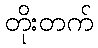
တိုးတက်